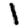
Digit: 1